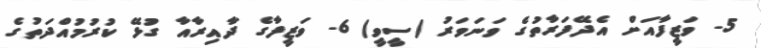
5- ވަޒީފާއަށް އެދޭފަރާތުގެ ވަނަވަރު (ސީވީ) 6- ވަޒީފާގެ ދާއިރާއާ ގުޅޭ ކުރުމުއްދަތުގެ